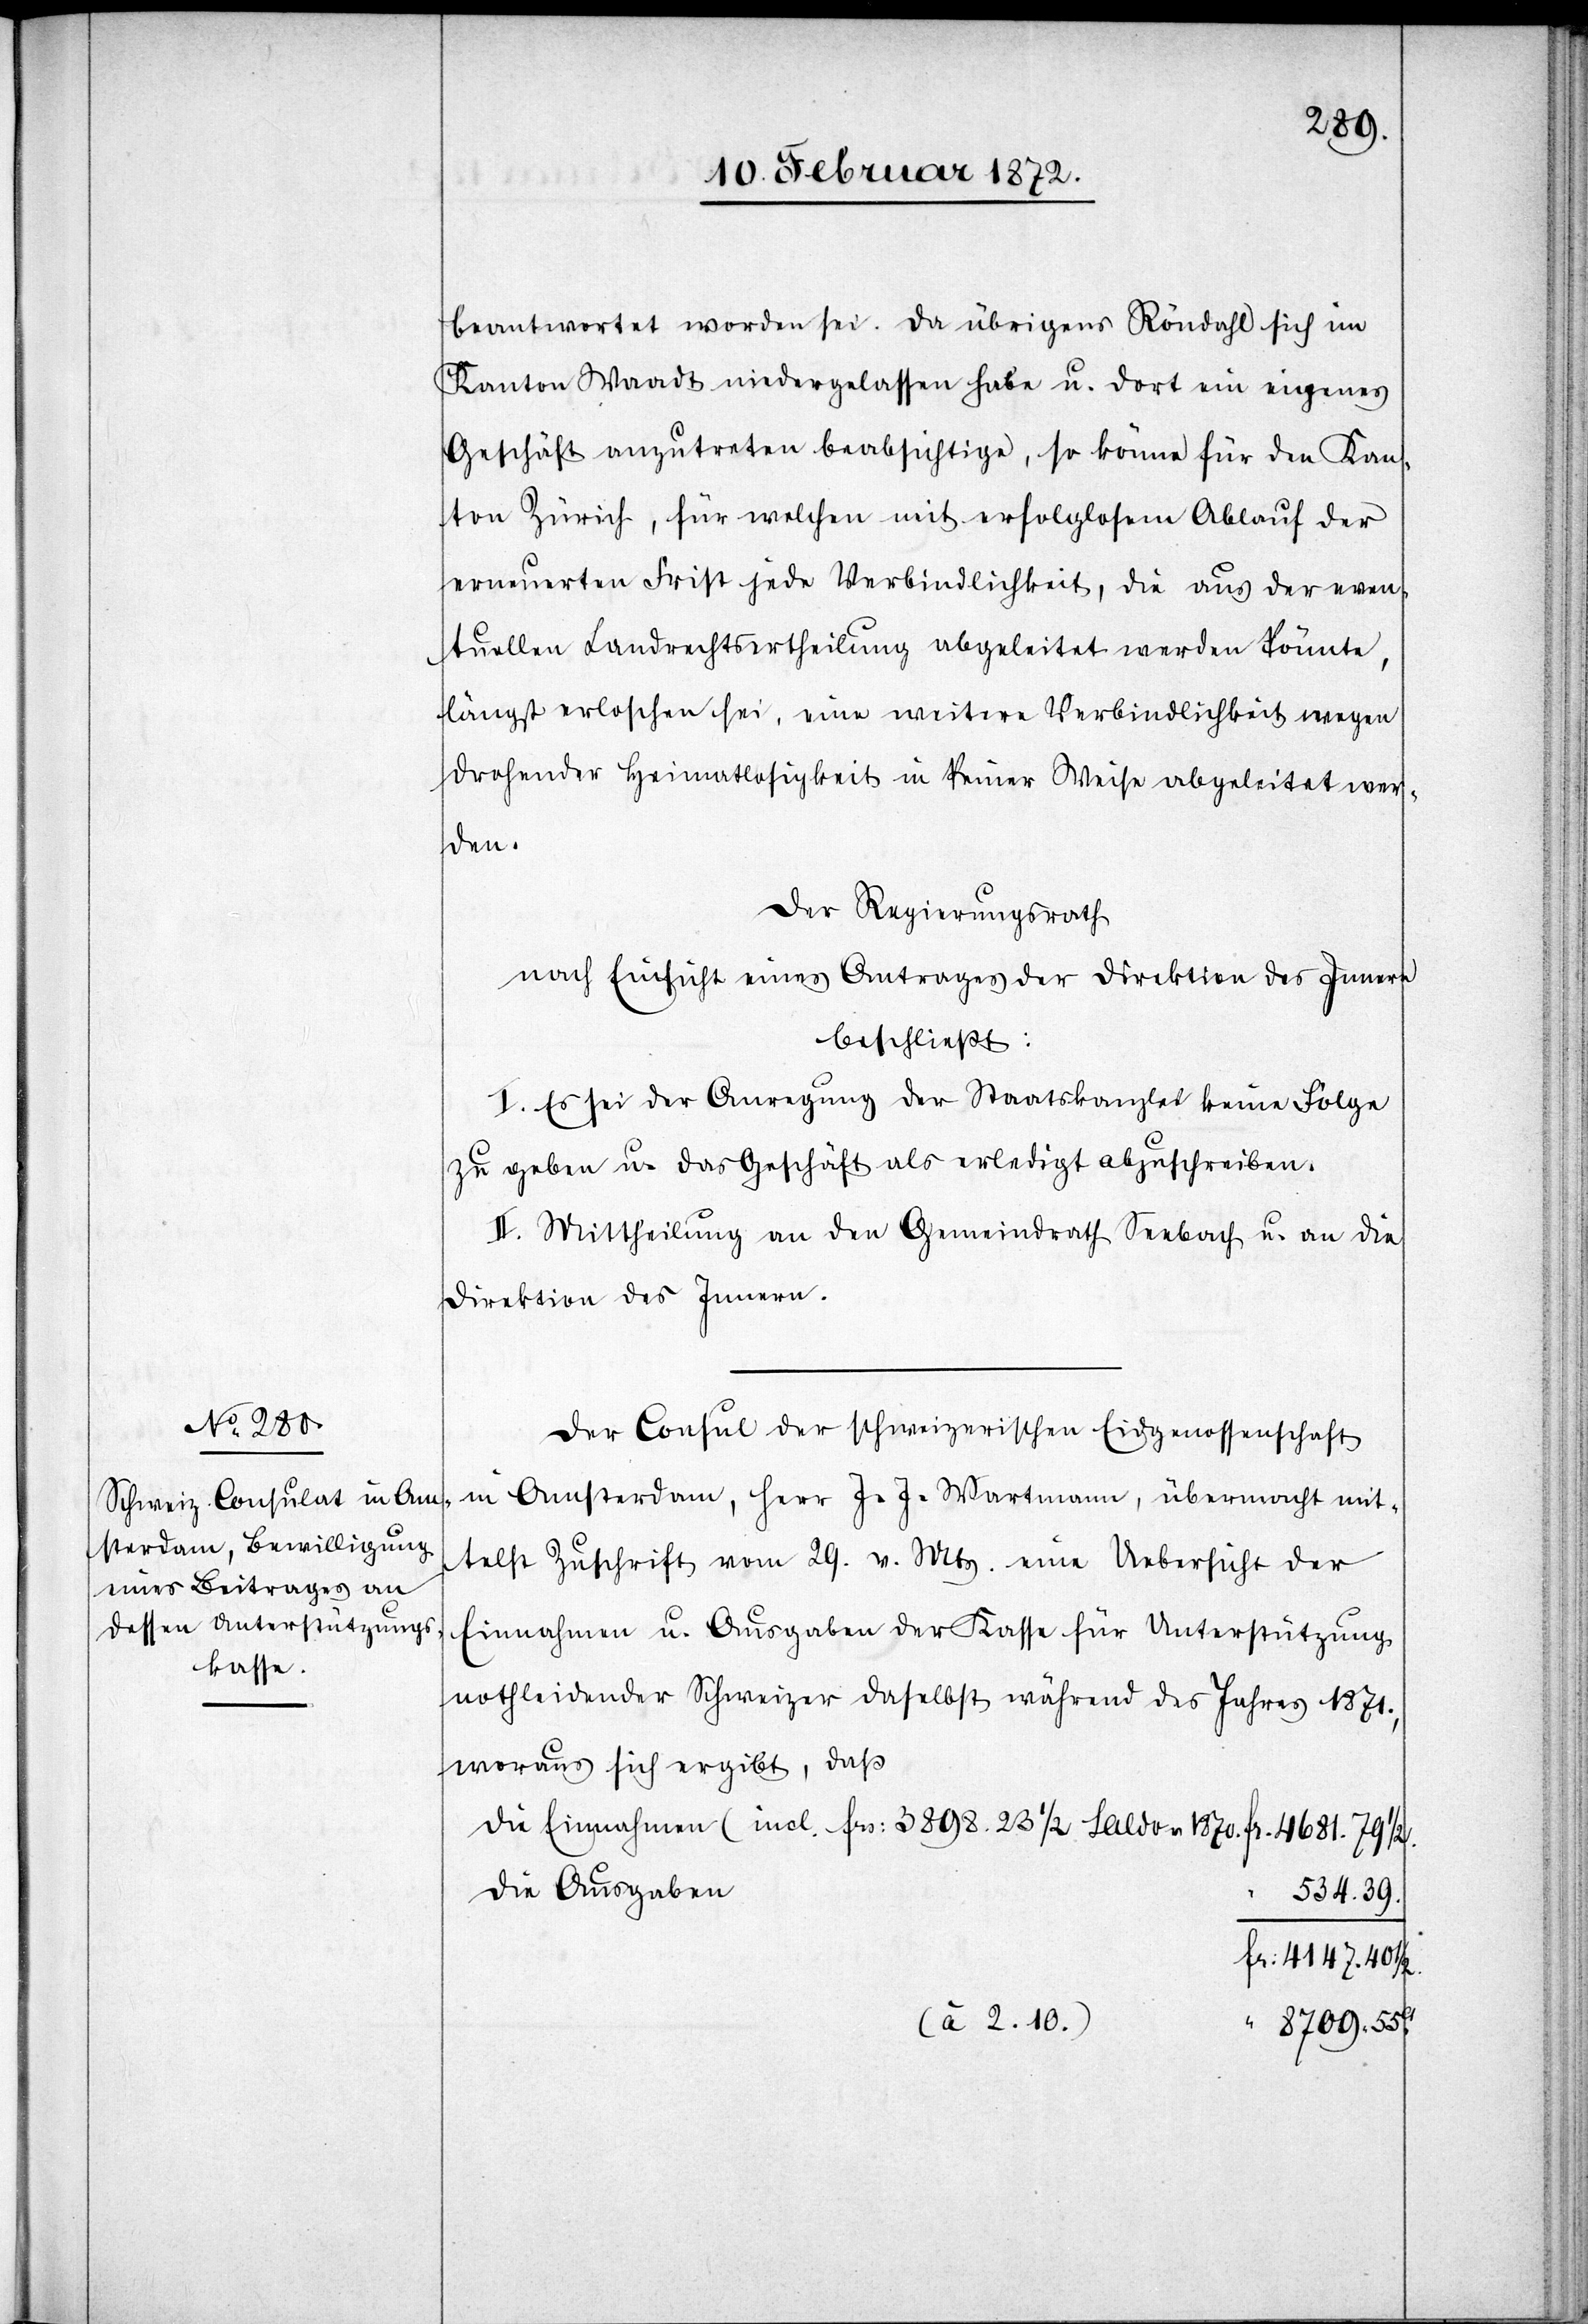
beantwortet worden sei. Da übrigens Röndahl sich im
Kanton Waadt niedergelassen habe u. dort ein eigenes
Geschäft anzutreten beabsichtige, so könne für den Kan¬
ton Zürich, für welchen mit erfolglosem Ablauf der
erneuerten Frist jede Verbindlichkeit, die aus der even¬
tuellen Landrechtsertheilung abgeleitet werden könnte,
längst erloschen sei, eine weitere Verbindlichkeit wegen
drohender Heimatlosigkeit in keiner Weise abgeleitet wer¬
den.
Der Regierungsrath
nach Einsicht eines Antrages der Direktion des Innern
beschließt:
I. Es sei der Anregung der Staatskanzlei keine Folge
zu geben u. das Geschäft als erledigt abzuschreiben.
II. Mittheilung an den Gemeindrath Seebach u. an die
Direktion des Innern.
Der Consul der schweizerischen Eidgenossenschaft
in Amsterdam, Herr J. J. Wartmann, übermacht mit¬
telst Zuschrift vom 29. v. Mts. eine Uebersicht der
Einnahmen u. Ausgaben der Kasse für Unterstützung
nothleidender Schweizer daselbst während des Jahres 1871.,
woraus sich ergibt, daß
die Einnahmen (incl. frs. 3898.23 1/2 Saldo v. 1870[)]
die Ausgaben
“
534.39.
fr. 4147.40 1/2.
(à 2.10.)
8709.55c